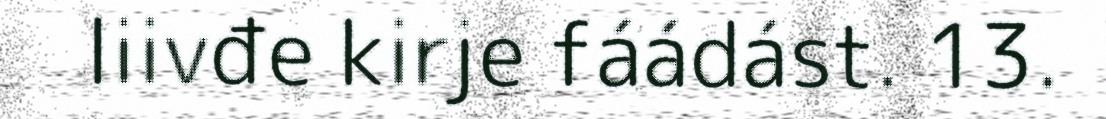
liivđe kirje fáádást. 13.